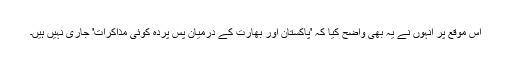
اس موقع پر انہوں نے یہ بھی واضح کیا کہ 'پاکستان اور بھارت کے درمیان پس پردہ کوئی مذاکرات' جاری نہیں ہیں۔